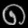
Digit: ၈